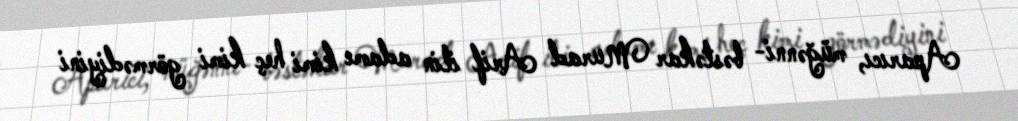
Aparıcı, müğənni- bəstəkar Murad Arif ilin adamı kimi heç kimi görmədiyini